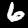
Label: 6